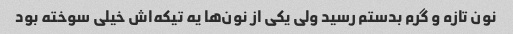
نون تازه و گرم بدستم رسید ولی یکی از نون‌ها یه تیکه‌اش خیلی سوخته بود